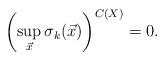
LaTeX: \begin{align*}\left(\sup_{\vec x}\sigma_{k}(\vec x)\right)^{C(X)}=0.\end{align*}